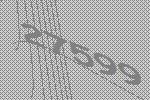
27599